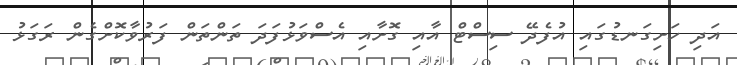
އަދި ހަށިގަނޑުގައި އުފެދޭ ސިސްޓް އާއި ގޮށާއި އެސްވަޅުފަދަ ތަންތަން ފަރުވާކޮށްގެން ރަގަޅު